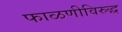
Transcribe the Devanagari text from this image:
फाळणीविरुद्ध